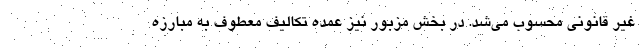
غیر قانونی محسوب می‌شد. در بخش مزبور نیز عمده تکالیف معطوف به مبارزه